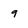
Character: 9